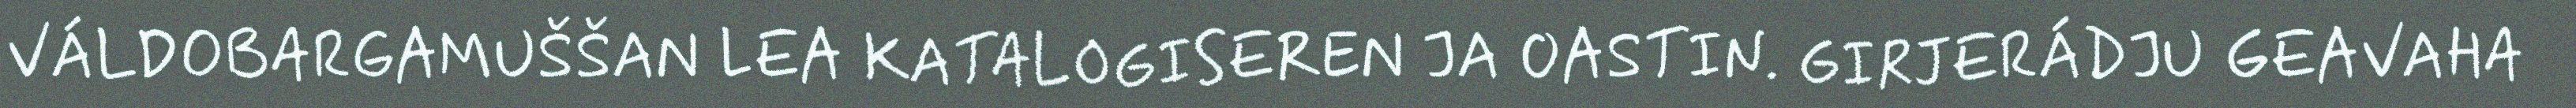
VÁLDOBARGAMUŠŠAN LEA KATALOGISEREN JA OASTIN. GIRJERÁDJU GEAVAHA